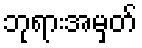
ဘုရားအမှတ်